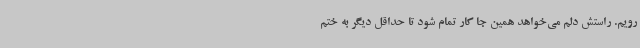
‌رویم. راستش دلم می‌خواهد همین جا کار تمام شود تا حداقل دیگر به ختم